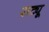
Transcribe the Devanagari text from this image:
राट्यू